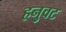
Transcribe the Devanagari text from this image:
हनुवट